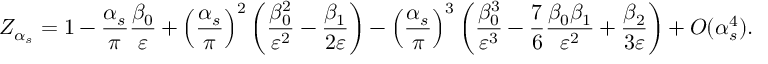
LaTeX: Z _ { \alpha _ { s } } = 1 - \frac { \alpha _ { s } } { \pi } \frac { \beta _ { 0 } } { \varepsilon } + \left( \frac { \alpha _ { s } } { \pi } \right) ^ { 2 } \left( \frac { \beta _ { 0 } ^ { 2 } } { \varepsilon ^ { 2 } } - \frac { \beta _ { 1 } } { 2 \varepsilon } \right) - \left( \frac { \alpha _ { s } } { \pi } \right) ^ { 3 } \biggl ( \frac { \beta _ { 0 } ^ { 3 } } { \varepsilon ^ { 3 } } - \frac { 7 } { 6 } \frac { \beta _ { 0 } \beta _ { 1 } } { \varepsilon ^ { 2 } } + \frac { \beta _ { 2 } } { 3 \varepsilon } \biggr ) + O ( \alpha _ { s } ^ { 4 } ) .